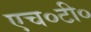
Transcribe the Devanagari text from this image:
एच०टी०